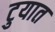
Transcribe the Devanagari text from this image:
टुयात